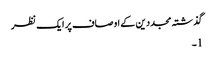
گذشتہ مجددین کے اوصاف پر ایک نظر
1۔